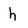
Character: h